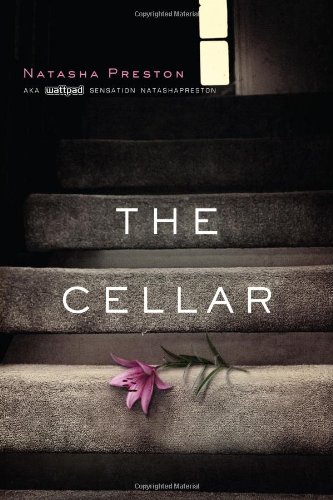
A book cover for The Cellar; Natasha Preston; Teen & Young Adult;